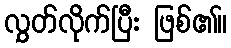
လွှတ်လိုက်ပြီး ဖြစ်၏။